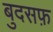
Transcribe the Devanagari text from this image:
बुदसफ़